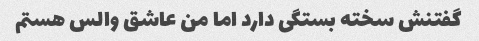
گفتنش سخته بستگی دارد اما من عاشق والس هستم